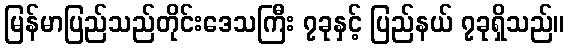
မြန်မာပြည်သည်တိုင်းဒေသကြီး ၇ခုနှင့် ပြည်နယ် ၇ခုရှိသည်။